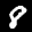
Label: 8